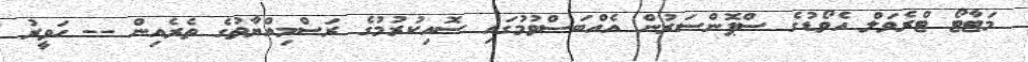
މަޓާޓޯ ޓްރެވަލް އެވޯޑުގެ ސްޕޮންސަރުން އެއްބަސްވުމުގައި ސޮއިކުރުމުގެ ރަސްމިއްޔާތުގެ ތެރެއިން -- ހަވީރު